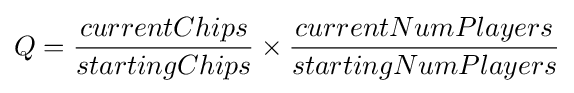
Q={\frac {currentChips}{startingChips}}\times {\frac {currentNumPlayers}{startingNumPlayers}}